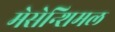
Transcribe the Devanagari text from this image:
मेसेन्शिमल